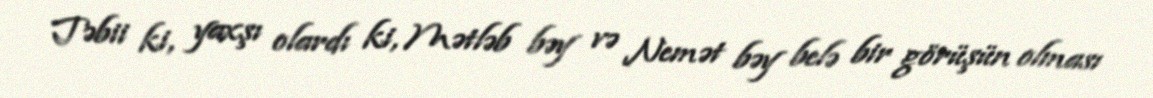
Təbii ki, yaxşı olardı ki, Mətləb bəy və Nemət bəy belə bir görüşün olması